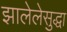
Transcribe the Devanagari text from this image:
झालेलेसुद्धा